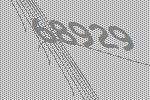
68929